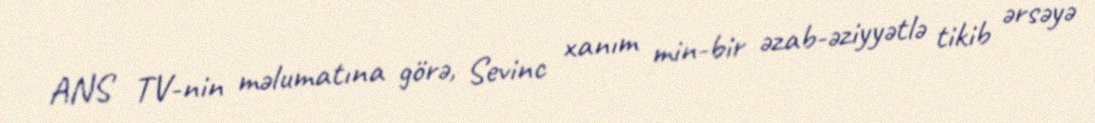
ANS TV-nin məlumatına görə, Sevinc xanım min-bir əzab-əziyyətlə tikib ərsəyə